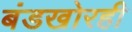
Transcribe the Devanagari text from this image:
बंडखोरही